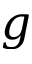
\boldsymbol { g }